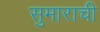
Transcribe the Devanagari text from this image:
सुमाराची